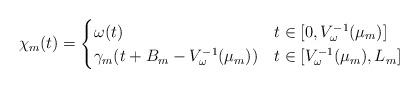
LaTeX: \begin{align*}\chi_m(t) =\begin{cases}\omega(t) & t \in [0,V_\omega^{-1}(\mu_m)] \\\gamma_m(t+B_m-V_\omega^{-1}(\mu_m)) & t \in [V_\omega^{-1}(\mu_m),L_m] \\\end{cases}\end{align*}